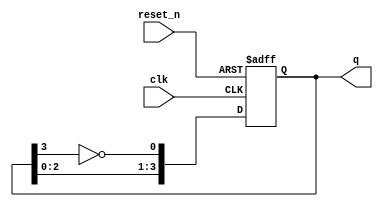
module johnson_counter #(parameter N = 4) (
    input wire clk,        // Clock input
    input wire reset_n,    // Active low reset
    output reg [N-1:0] q  // Output counter state
);

    always @(posedge clk or negedge reset_n) begin
        if (!reset_n) begin
            q <= 0; // Reset counter to 0
        end else begin
            // Johnson counter logic
            q <= {q[N-2:0], ~q[N-1]};
        end
    end

endmodule